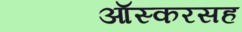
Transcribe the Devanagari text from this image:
ऑस्करसह